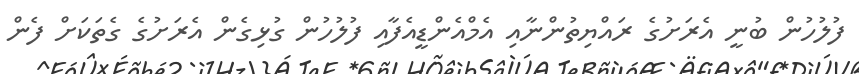
ފުލުހުން ބުނީ އެރަށުގެ ރައްޔިތުންނާއި އެމްއެންޑީއެފާއި ފުލުހުން ގުޅިގެން އެރަށުގެ ގެތަކަށް ފެން